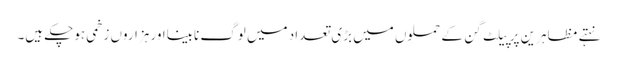
نہتے مظاہرین پر پیلٹ گن کے حملوں میں بڑی تعداد میں لوگ نابینااور ہزاروں زخمی ہوچکے ہیں۔